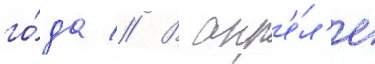
го́да // В апр'е́л'е